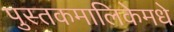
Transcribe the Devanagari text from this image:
पुस्तकमालिकेमधे